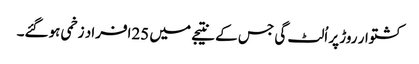
کشتوار روڑ پر اُلٹ گی جس کے نتیجے میں 25افراد زخمی ہوگئے۔